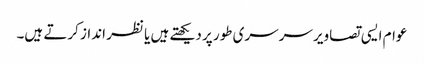
عوام ایسی تصاویر سرسری طور پر دیکھتے ہیں یا نظر انداز کرتے ہیں۔